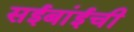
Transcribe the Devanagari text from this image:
सईबांईची